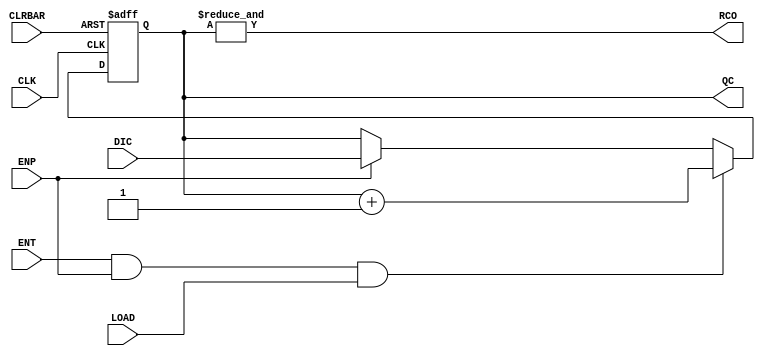
`timescale 1ns / 1ps
//  SPB SUAI
//Group 1641
// Bidirectional counter 74161
module bidirectional_counter_74161(DIC,LOAD,CLK,CLRBAR,RCO,ENT,ENP,QC);
    input wire [3:0] DIC; // Parallel data input
    input wire CLK; // CLock 
    input wire CLRBAR; // Clear counter
    input wire ENT; // Enable Trickle Input
    input wire ENP; // Enable Parallel Input
    input wire LOAD; // Load
    output reg [3:0] QC; // Parallel data output
    output RCO; // Ripple Carry Output
    
    assign RCO=&QC; // check if all bits == 1 
    initial begin
        QC<=0;     
    end
    always @(posedge CLK or negedge CLRBAR) begin
        if (~CLRBAR)
            QC<=0;
        else begin     
            if (ENT==1 && ENP == 1 && LOAD==1) // Count mode
                QC<=QC+4'b0001;
            else if (ENP==1) // Parallel output
                QC<=DIC;
            else if (ENT == 1) // Trickle output (Inhibit state)
                QC<=QC;
            
        end

    end
    

endmodule